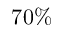
7 0 \%